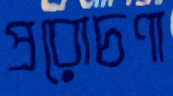
প্ররোচণা